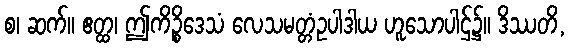
စ၊ ဆက်။ ဧတ္ထ၊ ဤကိဉ္စိဒေသံ လေသမတ္တံဥပါဒါယ ဟူသောပါဌ်၌။ ဒိဿတိ,